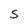
Character: S